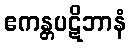
ဧကန္တပဋိဘာနံ